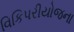
વિકિપરીયોજના